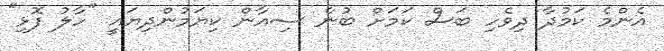
އެންމެ ކަމުދާ ދިވެހި ބަސް ކަމަށް ބުނެ ސިއާން ކިޔަމުންދިޔައީ "ހާލު ފޮޅި"